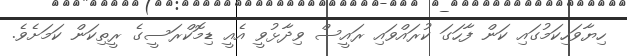
ހިޔާވަހިކަމުގައި ކަން ފާހަގަ ކުރައްވައި ރައީސް ވިދާޅުވީ އެއީ ޑިމޮކްރަސީގެ ރީތިކަން ކަމަށެވެ.